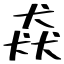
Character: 猋